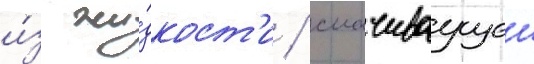
и́з жи́дкост'и / смачиваущеи